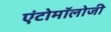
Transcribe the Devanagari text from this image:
एंटोमॉलोजी